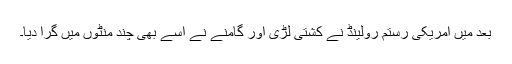
بعد میں امریکی رستم رولینڈ نے کشتی لڑی اور گامنے نے اسے بھی چند منٹوں میں گرا دیا۔